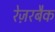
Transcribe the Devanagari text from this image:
रेज़रबैक